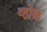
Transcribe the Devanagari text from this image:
व्होळे